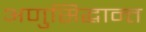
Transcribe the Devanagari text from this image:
अणुसिद्धान्त